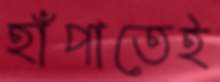
হাঁপাতেই